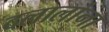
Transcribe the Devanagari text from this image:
दलालांना